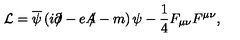
{ \cal L } = \overline { { \psi } } \left( i \partial \! \! \! \slash - e A \! \! \! \slash - m \right) \psi - \frac { 1 } { 4 } F _ { \mu \nu } F ^ { \mu \nu } ,